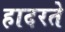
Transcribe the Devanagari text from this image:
हादरते